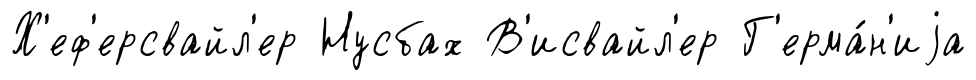
Х'еф'ерсвайл'ер Нусбах В'исвайл'ер Г'ерма́н'иjа